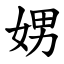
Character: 娚